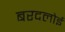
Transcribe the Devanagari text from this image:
बरदलोई